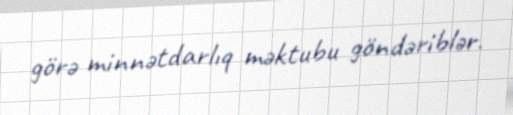
görə minnətdarlıq məktubu göndəriblər.